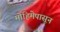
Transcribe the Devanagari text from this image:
मोहिमेपासून